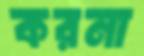
করনা